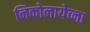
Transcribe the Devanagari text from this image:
निकोलायेव्ना